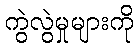
ကွဲလွဲမှုများကို